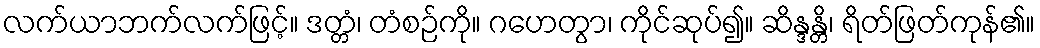
လက်ယာဘက်လက်ဖြင့်။ ဒတ္တံ၊ တံစဉ်ကို။ ဂဟေတွာ၊ ကိုင်ဆုပ်၍။ ဆိန္ဒန္တိ၊ ရိတ်ဖြတ်ကုန်၏။